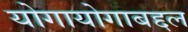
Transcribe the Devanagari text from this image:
योगायोगाबद्दल